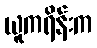
ယူကရိန်းက